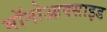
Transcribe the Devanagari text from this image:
मॉनोआक्साइड